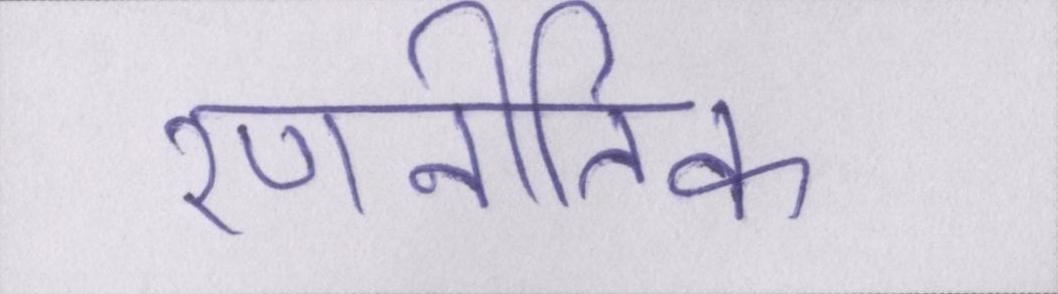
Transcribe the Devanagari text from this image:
रणनीतिक